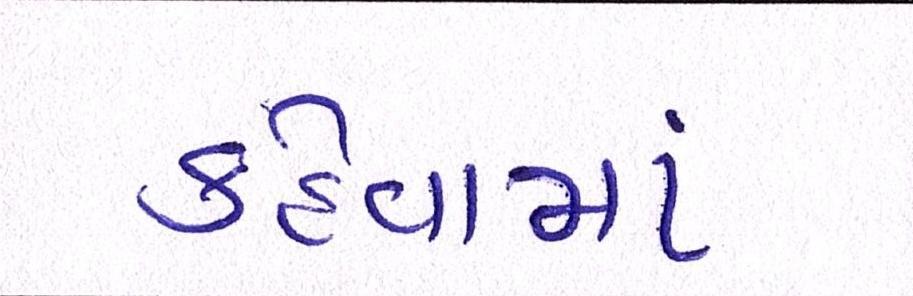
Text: કહેવામાં